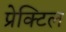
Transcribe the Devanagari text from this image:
प्रेक्टिल